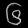
Digit: ၆